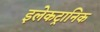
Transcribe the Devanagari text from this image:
इलेकट्रानिक